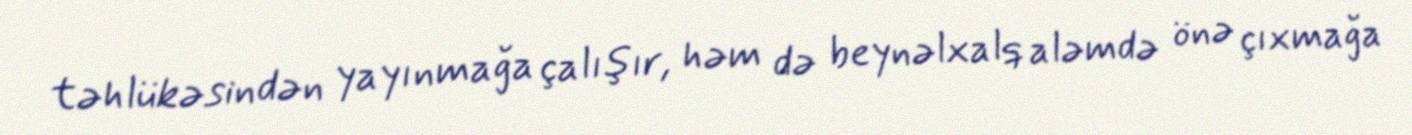
təhlükəsindən yayınmağa çalışır, həm də beynəlxalq aləmdə önə çıxmağa